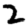
Digit: 2